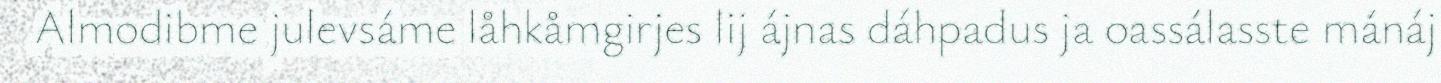
Almodibme julevsáme låhkåmgirjes lij ájnas dáhpadus ja oassálasste mánáj